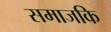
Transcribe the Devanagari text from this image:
समाजकि